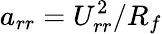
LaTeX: a_{rr}=U_{rr}^{2}/R_{f}